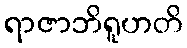
ရာဇာဘိရူဟတိ